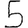
Digit: 5